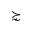
\succnsim